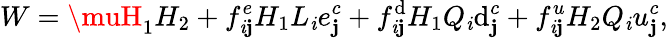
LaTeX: W=\muH_{1}H_{2}+f_{\mathit{i}\mathbf{j}}^{e}H_{1}L_{\mathit{i}}e_{\mathbf{j}}^{c}+f_{\mathit{i}\mathbf{j}}^{\mathrm{d}}H_{1}Q_{\mathit{i}}\mathrm{d}_{\mathbf{j}}^{c}+f_{\mathit{i}\mathbf{j}}^{u}H_{2}Q_{\mathit{i}}u_{\mathbf{j}}^{c},